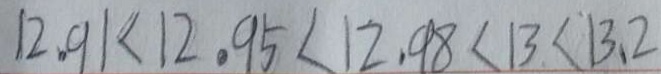
1 2 . 9 1 < 1 2 . 9 5 < 1 2 . 9 8 < 1 3 < 1 3 . 2